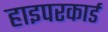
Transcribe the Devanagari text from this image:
हाइपरकार्ड